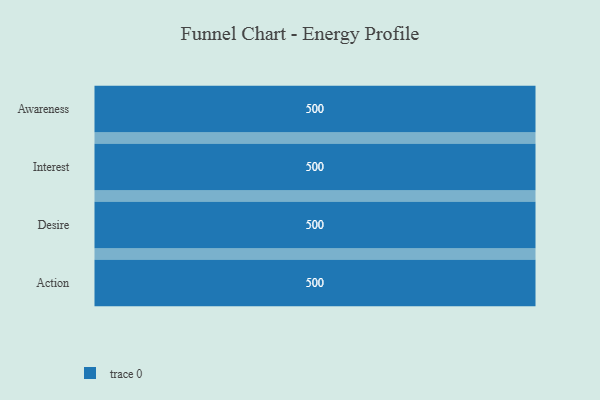
{"axis": {"x": "Stage", "y": "Value"}, "legend": [""], "data": [{"x": "Awareness", "y": 500, "type": ""}, {"x": "Interest", "y": 500, "type": ""}, {"x": "Desire", "y": 500, "type": ""}, {"x": "Action", "y": 500, "type": ""}]}